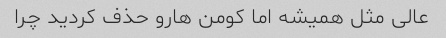
عالی مثل همیشه اما کومن هارو حذف کردید چرا